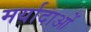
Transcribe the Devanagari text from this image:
मर्यादाआें